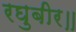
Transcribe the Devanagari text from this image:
रघुबीर॥